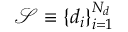
\mathcal { S } \equiv \{ d _ { i } \} _ { i = 1 } ^ { N _ { d } }